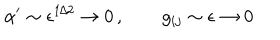
LaTeX: \alpha ^ { \prime } \sim \epsilon ^ { 1 / 2 } \to 0 \, , \qquad g _ { i j } \sim \epsilon \to 0